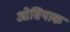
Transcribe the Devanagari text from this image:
ओसियाक